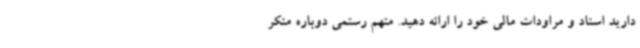
دارید اسناد و مراودات مالی خود را ارائه دهید. متهم رستمی دوباره منکر